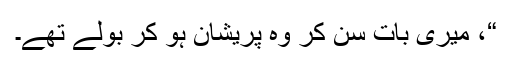
“، میری بات سن کر وہ پریشان ہو کر بولے تھے۔